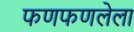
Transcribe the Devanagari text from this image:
फणफणलेला